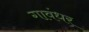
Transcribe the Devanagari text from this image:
गावंधर